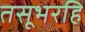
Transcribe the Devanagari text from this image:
तसूभरहि